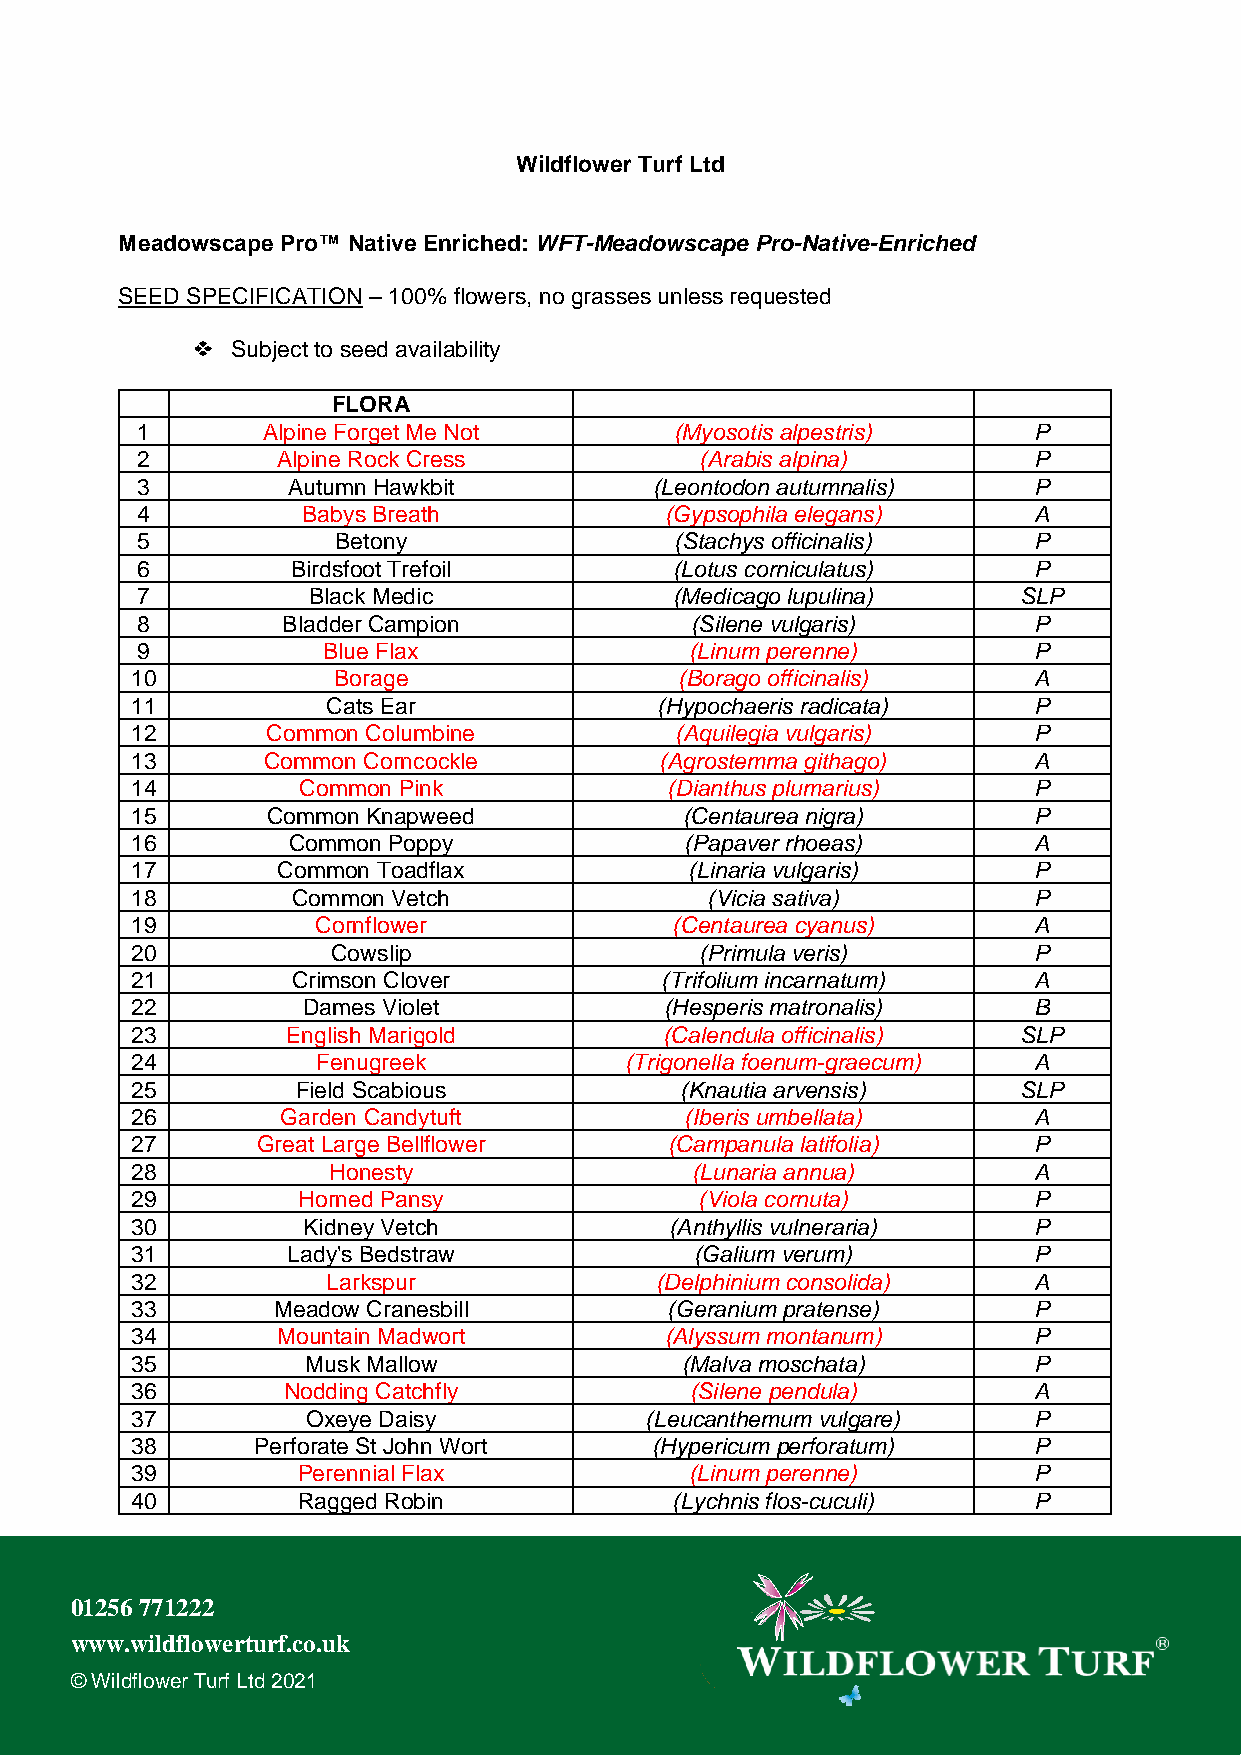
Wildflower Turf Ltd
 Meadowscape Pro™ Native Enriched: WFT-Meadowscape Pro-Native-Enriched
 SEED SPECIFICATION – 100% flowers, no grasses unless requested
 Subject to seed availability
 FLORA
 1       Alpine Forget Me Not        (Myosotis alpestris)   P
 2        Alpine Rock Cress           (Arabis alpina)       P
 3         Autumn Hawkbit          (Leontodon autumnalis)   P
 4          Babys Breath            (Gypsophila elegans)    A
 5            Betony                 (Stachys officinalis)  P
 6         Birdsfoot Trefoil         (Lotus corniculatus)   P
 7          Black Medic              (Medicago lupulina)    SLP
 8         Bladder Campion            (Silene vulgaris)     P
 9           Blue Flax                (Linum perenne)       P
 10           Borage                 (Borago officinalis)   A
 11           Cats Ear              (Hypochaeris radicata)  P
 12       Common Columbine           (Aquilegia vulgaris)   P
 13      Common Corncockle          (Agrostemma githago)    A
 14         Common Pink             (Dianthus plumarius)    P
 15       Common Knapweed            (Centaurea nigra)      P
 16        Common Poppy              (Papaver rhoeas)       A
 17       Common Toadflax             (Linaria vulgaris)    P
 18        Common Vetch                (Vicia sativa)       P
 19          Cornflower              (Centaurea cyanus)     A
 20           Cowslip                 (Primula veris)       P
 21        Crimson Clover           (Trifolium incarnatum)  A
 22         Dames Violet            (Hesperis matronalis)   B
 23        English Marigold         (Calendula officinalis) SLP
 24          Fenugreek           (Trigonella foenum-graecum) A
 25         Field Scabious           (Knautia arvensis)     SLP
 26        Garden Candytuft          (Iberis umbellata)     A
 27      Great Large Bellflower     (Campanula latifolia)   P
 28           Honesty                 (Lunaria annua)       A
 29         Horned Pansy              (Viola cornuta)       P
 30         Kidney Vetch            (Anthyllis vulneraria)  P
 31        Lady's Bedstraw            (Galium verum)        P
 32           Larkspur             (Delphinium consolida)   A
 33       Meadow Cranesbill         (Geranium pratense)     P
 34       Mountain Madwort          (Alyssum montanum)      P
 35         Musk Mallow              (Malva moschata)       P
 36        Nodding Catchfly           (Silene pendula)      A
 37         Oxeye Daisy            (Leucanthemum vulgare)   P
 38      Perforate St John Wort    (Hypericum perforatum)   P
 39         Perennial Flax            (Linum perenne)       P
 40         Ragged Robin             (Lychnis flos-cuculi)  P
 01256 771222
 www.wildflowerturf.co.uk
 © Wildflower Turf Ltd 2021